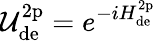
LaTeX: \mathcal{U}_{\mathrm{de}}^{\mathrm{2p}}=e^{-iH_{\mathrm{de}}^{\mathrm{2p}}}